Medical and sanitary report of the native army of Madras for the year
Year: 1876
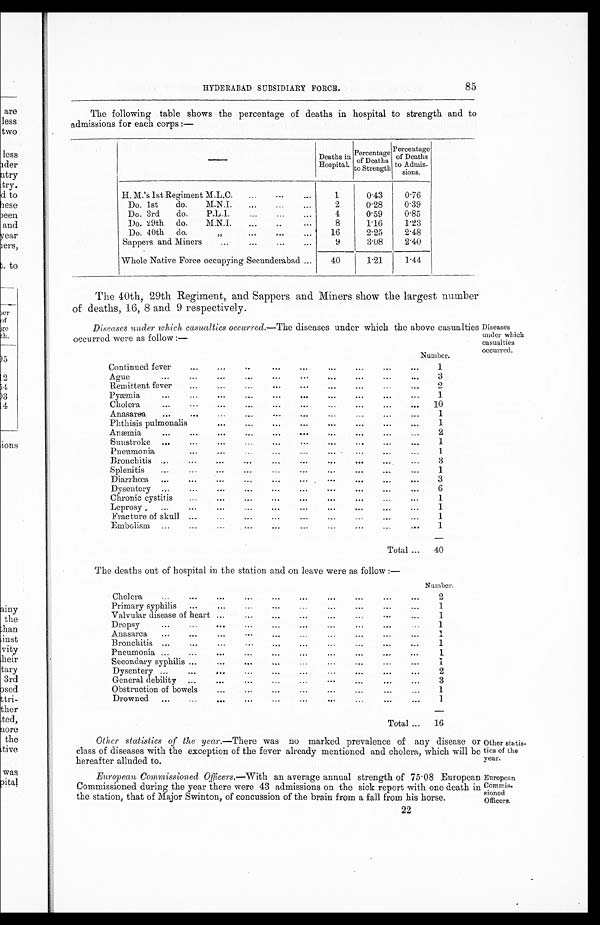
Other statis-
tics of the
year.
European
Commis-
sioned
Officers.
HYDERABAD SUBSIDIARY FORCE.
85
The following table shows the percentage of deaths in hospital to strength and to
admissions for each corps :—
—
Deaths in
Hospital.
Percentage
of Deaths
to Strength
Percentage
of Deaths
to Admis-sions.
H. M.'s 1st Regiment M.L.C.
...
...
1
0.43
0.76
Do. 1st
do.
M.N.I.
...
...
...
2
0.28
0.39
Do. 3rd
do.
P.L.I.
...
...
4
0.59
0.85
Do. 29th do.
M.N.I.
...
..
. . .
8
1.16
1. 23
Do. 40th do
....
,,
..
.
.. .
1 6
2.25
2.48
Sappers and Miners
...
...
...
...
9
3.08
2.40
Whole Native Force occupying Secunderabad ...
40
1.21
1.44
The 40th, 29th Regiment, and Sappers and Miners show the largest number
of deaths, 16, 8 and 9 respectively.
Diseases under which casualties occurred. —The diseases under which the above casualties
occurred were as follow :—
Number.
Continued fever
...
...
..
...
...
...
...
1
...
Ag ue
. .. ...
...
...
...
...
...
3
Remittent fever
...
...
...
...
...
...
...
...
. . .
2
Pyæmia
...
...
...
...
...
...
...
...
. .
1
Cholera
...
...
...
...
...
...
...
...
...
. . .
10
Anasarea
...
...
...
...
...
...
...
. . .
1
Phthisis pulmonalis
...
...
...
...
...
...
. . .
1
Anæmia
...
...
...
...
... ...
...
, , ,
"'
2
Sunstroke ...
...
...
...
...
...
...
...
...
...
1
Pneumonia
...
...
...
...
...
...
...
. . .
1
Bronchitis ......
...
...
...
...
3
Splenitis...
...
...
...
...
...
...
...
1
...
Diarrhœa ...
...
...
...
...
...
...
3
...
Dysentery ......
...
...
...
...
...
...
6
Chronic cystitis.....
...
...
...
...
...
...
1
Leprosy
......
...
...
...
...
...
...
...
1
Fracture of skull ......
...
...
...
...
1
Embolism ......
...
...
...
...
...
...
...
1
Total ...
40
The deaths out of hospital in the station and on leave were as follow :—
Diseases
under which
casualties
occurred.
Number.
Cholera
...
...
...
...
...
...
...
...
...
...
2
Primary syphilis ...
...
...
...
...
...
...
...
1
Valvular disease of heart ...
...
...
...
...
...
...
1
Dropsy
...
...
...
...
...
...
...
...
. . .
1
Anasarca
...
...
...
...
...
...
...
...
...
1
Bronchitis ...
...
...
...
...
...
...
...
...
...
1
Pneumonia ...
...
...
...
...
...
...
...
...
...
1
Secondary syphilis ...
...
...
...
...
...
...
1
Dy se ntery ...
...
...
...
... ...
...
...
...
...
2
General debility ...
...
...
...
...
...
...
...
...
3
Obstruction of bowels
...
...
...
...
...
1
Drowned
...
...
...
...
...
...
...
...
...
1
Total ...
16
Other statistics of the year.—There was no marked prevalence of any disease or
class of diseases with the exception of the fever already mentioned and cholera, which will be
hereafter alluded to.
European Commissioned Officers.—With an average annual strength of 75.08 European
Commissioned during the year there were 43 admissions on the sick report with one death in
the station, that of Major Swinton, of concussion of the brain from a fall from his horse.
22